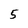
Character: 5